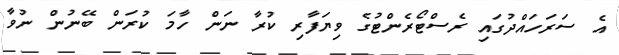
އެ ސަރަހައްދުގައި ރެސްޓޯރެންޓުގެ ވިޔަފާރި ކުރާ ނަން ހާމަ ކުރަން ބޭނުން ނުވާ